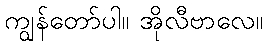
ကျွန်တော်ပါ။ အိုလီဗာလေ။